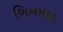
બિનમદદ